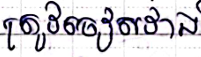
ត្រូវចៀសវាង